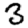
Digit: 3